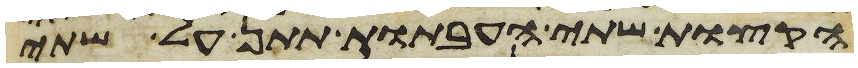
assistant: הקצות שתי העבתות תתן על שתי